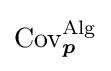
\operatorname {Cov} _{\boldsymbol {p}}^{\operatorname {Alg} }